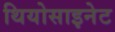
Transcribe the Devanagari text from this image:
थियोसाइनेट